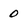
Character: 0